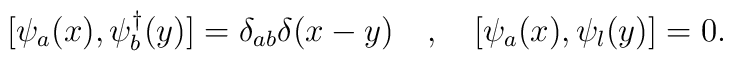
[\psi_{a} (x), \psi_{b}^{\dagger} (y)] = \delta_{ab} \delta (x-y) \quad ,\quad [\psi_{a} (x), \psi_{l} (y)]=0.